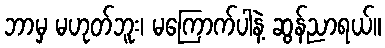
ဘာမှ မဟုတ်ဘူး၊ မကြောက်ပါနဲ့ ဆွန်ညာရယ်။